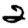
Digit: 2